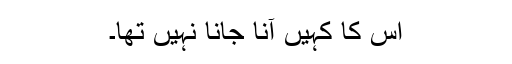
اس کا کہیں آنا جانا نہیں تھا۔